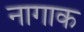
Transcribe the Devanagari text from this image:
नागाक